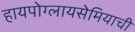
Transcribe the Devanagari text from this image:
हायपोग्लायसेमियाची